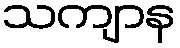
သကျာန